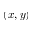
( x , y )